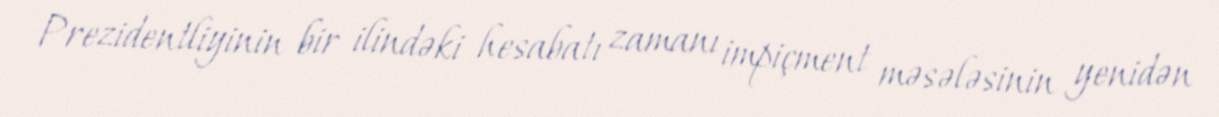
Prezidentliyinin bir ilindəki hesabatı zamanı impiçment məsələsinin yenidən